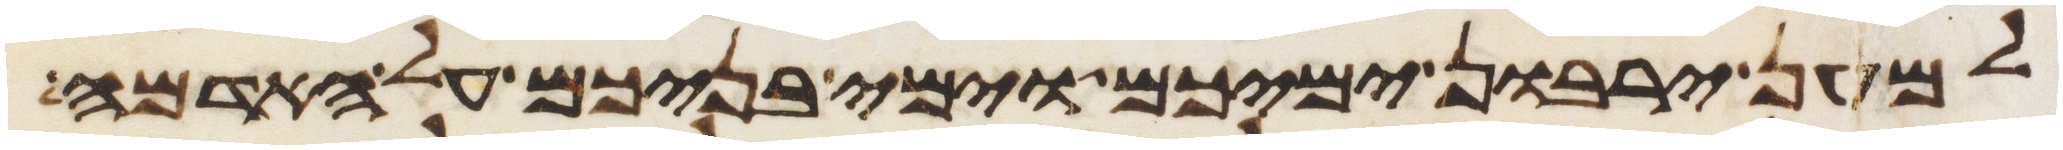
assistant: למען ירבון ימיכם וימי בניכם על האדמה